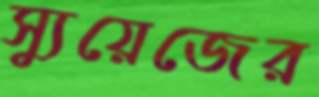
স্যুয়েজের